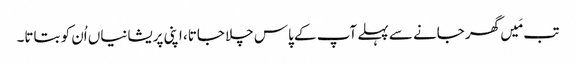
تب مَیں گھر جانے سے پہلے آپ کے پاس چلا جاتا، اپنی پریشانیاں اُن کو بتاتا۔